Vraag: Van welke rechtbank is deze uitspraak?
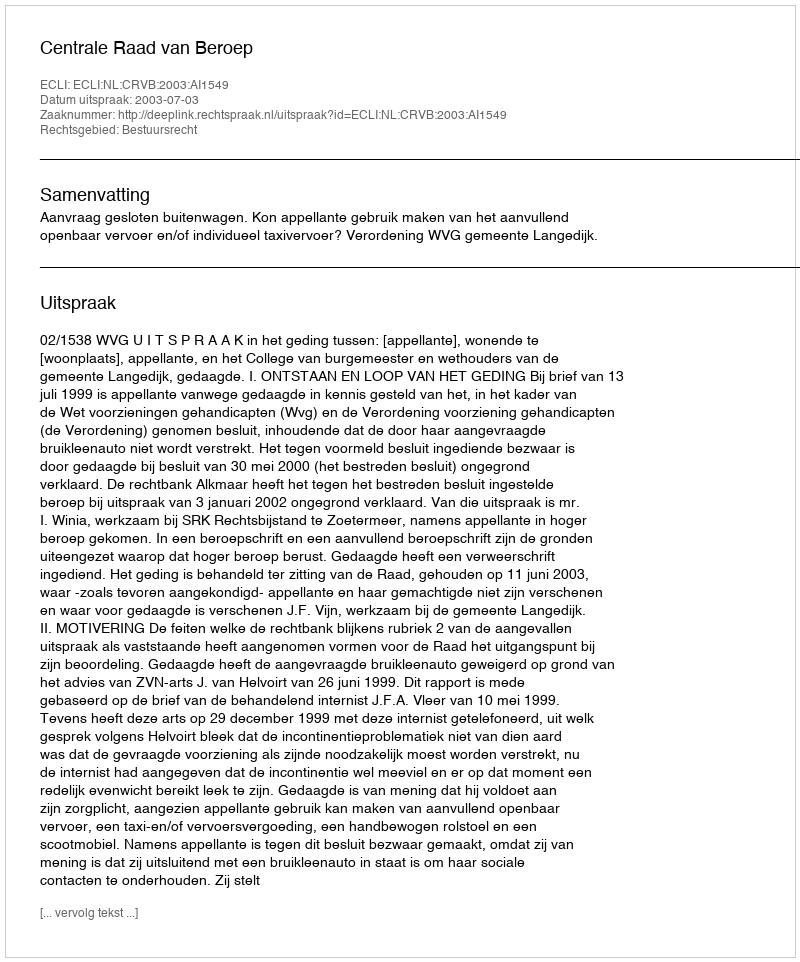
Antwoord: Centrale Raad van Beroep